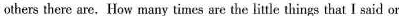
others there are.How many times are the little things that I said or